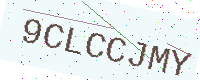
Text: 9CLCCJMY